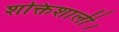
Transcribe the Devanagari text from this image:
शक्तिशाली।